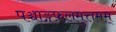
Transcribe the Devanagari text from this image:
पञ्चाङ्गफ़लमुत्तमम्